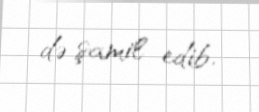
də şamil edib.